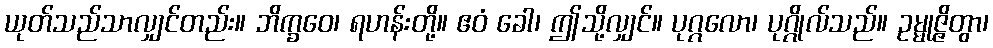
ယုတ်သည်သာလျှင်တည်း။ ဘိက္ခဝေ၊ ရဟန်းတို့။ ဧဝံ ခေါ၊ ဤသို့လျှင်။ ပုဂ္ဂလော၊ ပုဂ္ဂိုလ်သည်။ ဥမ္မုဇ္ဇိတွာ၊